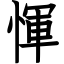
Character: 惲